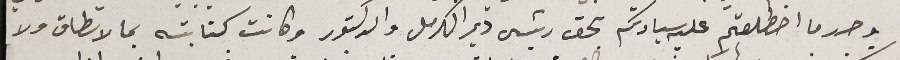
وحرر ما اضطلعتم عليه سيادتكم بحق رئيس دير الكرمل والدكتور وكانت كتابته بما لا تطاق ولا